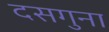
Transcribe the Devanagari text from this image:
दसगुना